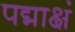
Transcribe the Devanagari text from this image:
पद्माक्षं